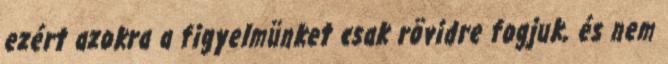
ezért azokra a figyelmünket csak rövidre fogjuk, és nem